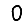
Digit: 0